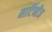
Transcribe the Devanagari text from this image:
मार्टिनीज